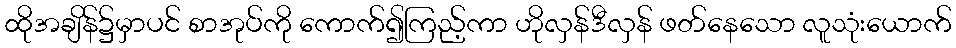
ထိုအချိန်၌မှာပင် စာအုပ်ကို ကောက်၍ကြည့်ကာ ဟိုလှန်ဒီလှန် ဖတ်နေသော လူသုံးယောက်